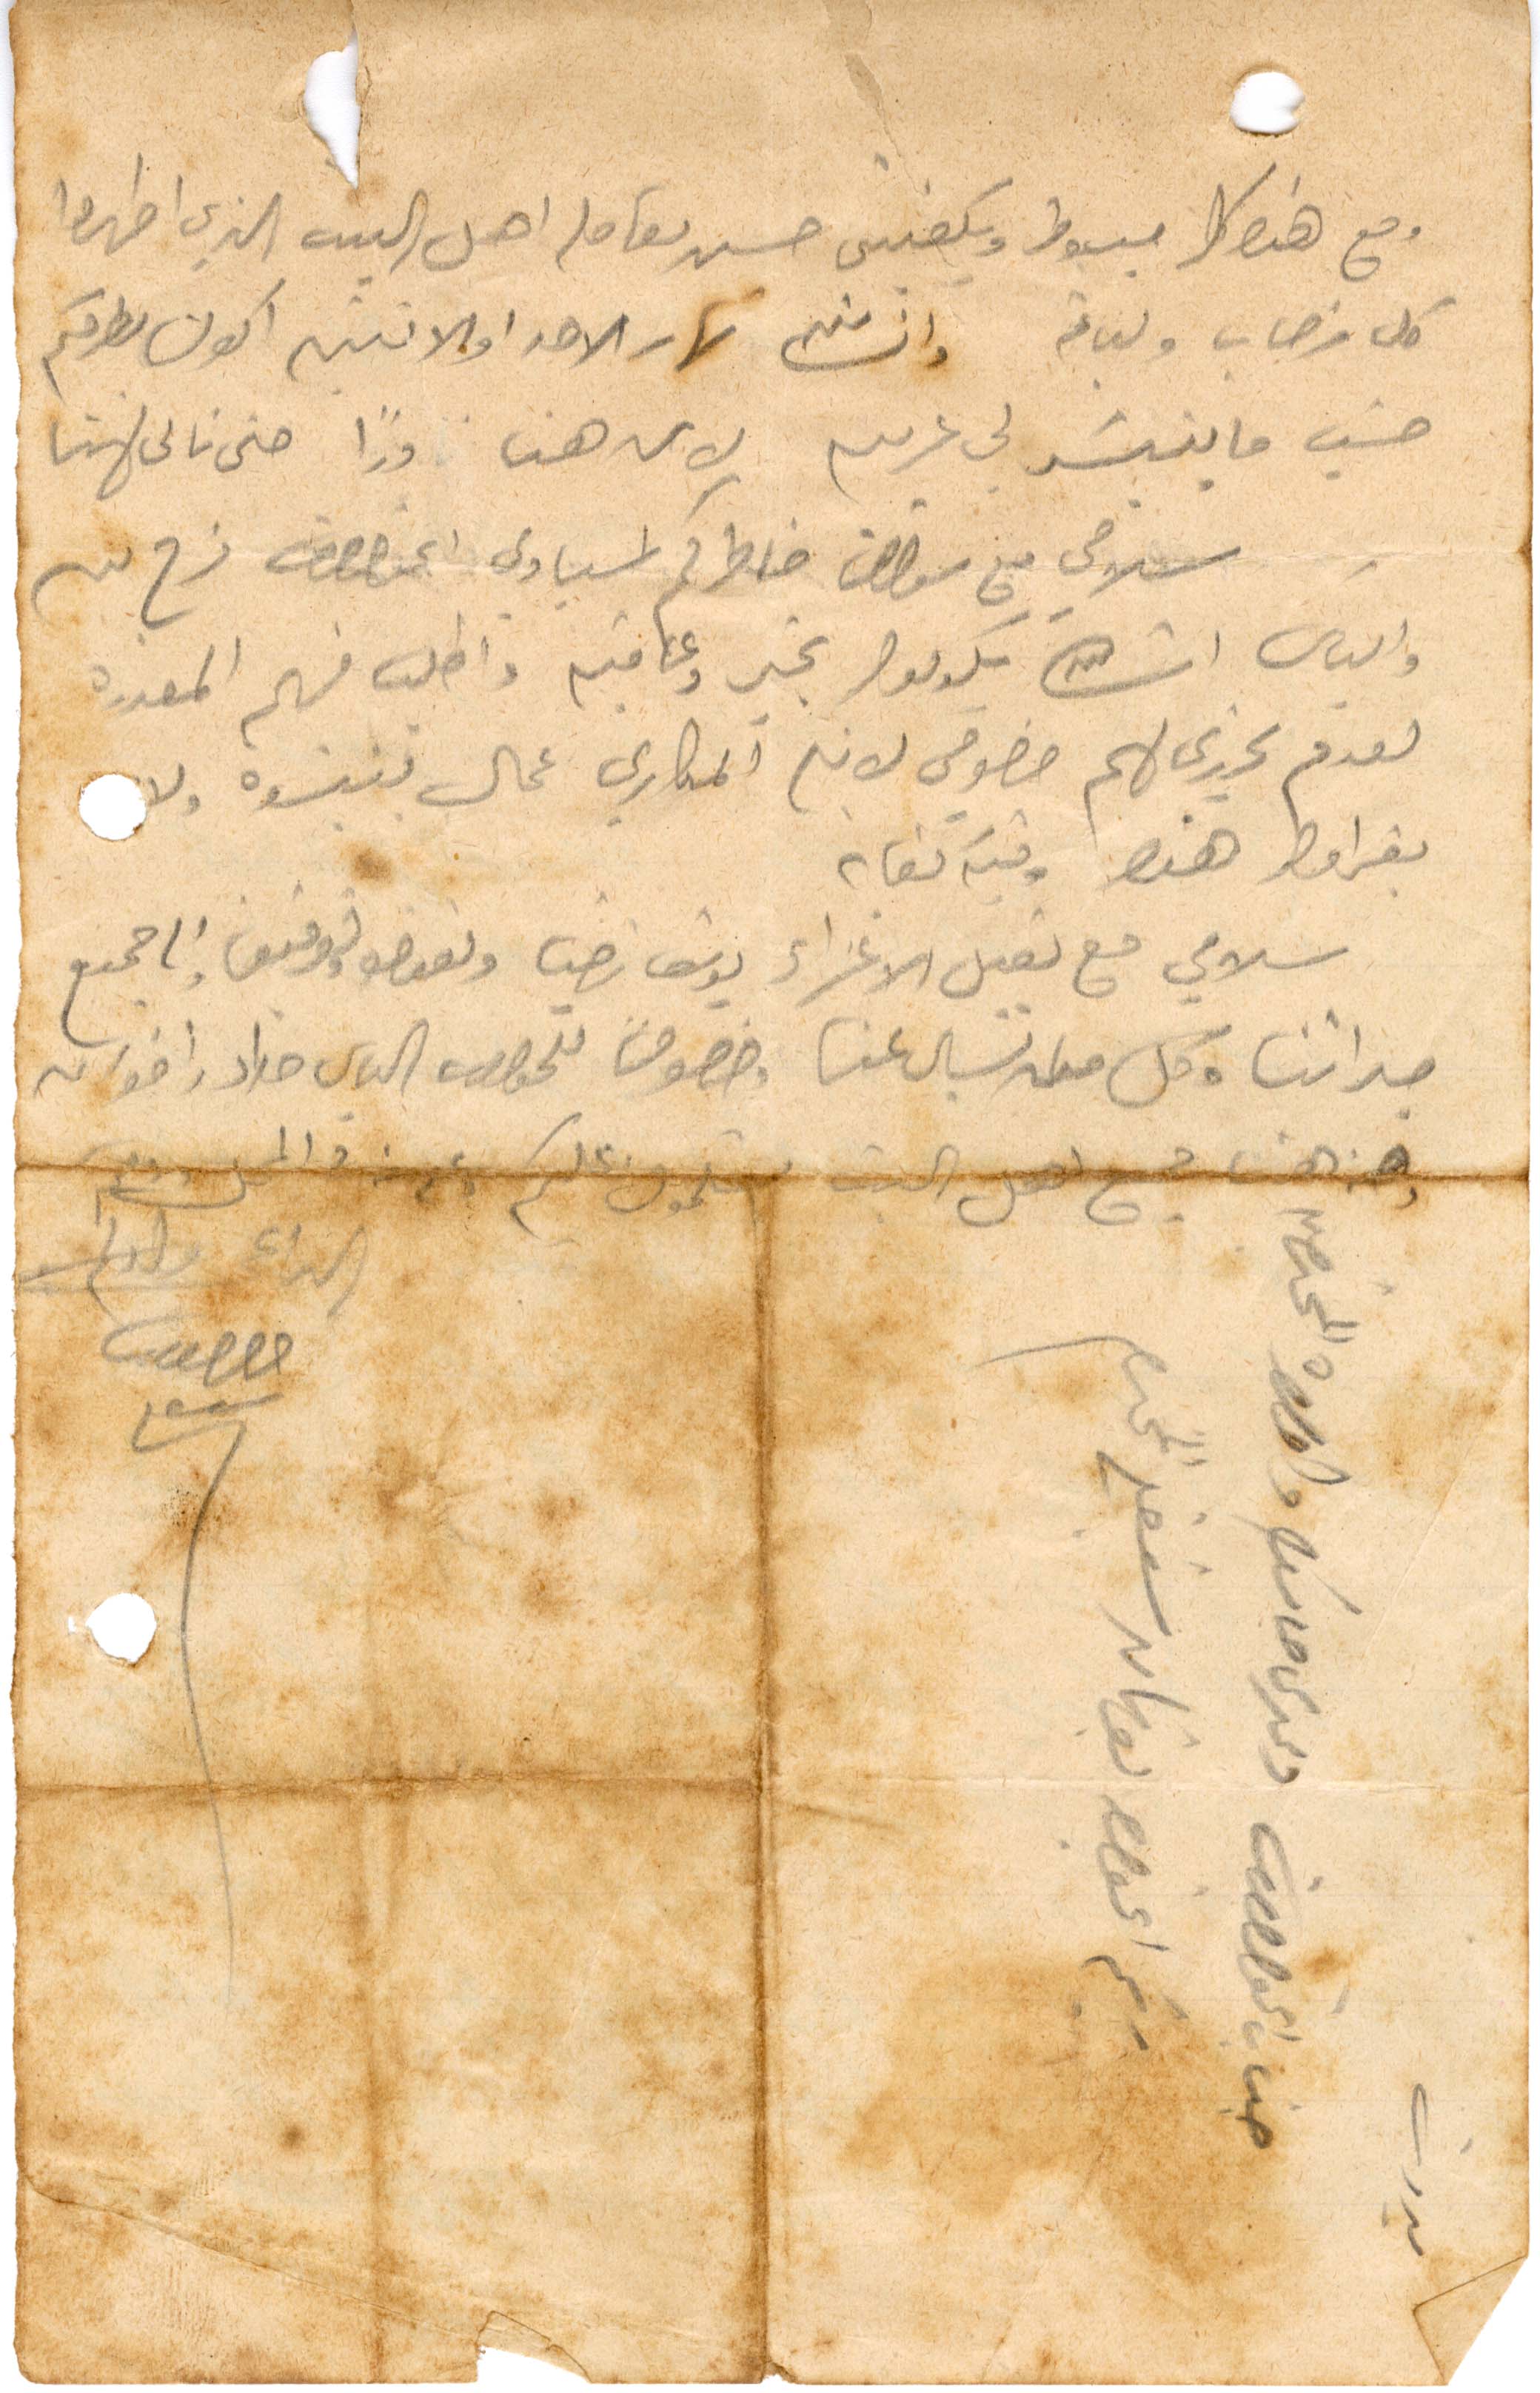
ومع هذه كلا مبسوط ويكفيني حسن معاملة اهل البيت الذي اظهروا
كل ترحاب ولباقة وانشالله نهار الاحد والاثنين أكون بقربكم
حسب ما ينشر لي عربية لان هنا فنا حتى نال لاهنا
سلامي مع سؤال خاطركم اسيادي  [...] فرح بيه
والباب انشالله يكونوا بخير وعافيه واطلب منهم المعذرة
بعدم تحريري لهم خصوصي لان المكاري عمال تنسوه ولا
بقرا مطر هذه وثيقة كفاية
سلامي مع تقبيل الاغزاء يوسف ناصيف ونعمصو وتوفيق والجميع
جداتنا وكل من يسال عنا وخصوصي للجواب الياس حداد واخوانه
وهنا جميع اهل البيت يسلمون عليكم وعن المحل